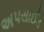
અપસાઈડ